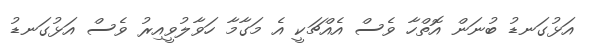
އަޅުގަނޑު ބުނަން އޮތްހާ ވެސް އެއްޗަކީ އެ މަގާމާ ހަވާލުވީއިރު ވެސް އަޅުގަނޑު